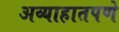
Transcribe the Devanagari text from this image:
अव्याहातपणे